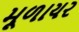
મૂળાયર